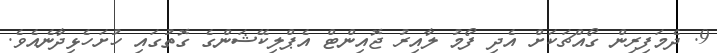
9. ދެމަފިރިން ގޯއްޗަކަށް އެދި ފޯމު ލާއިރު ޖޮއިންޓް އެޕްލިކޭޝަންގެ ގޮތުގައި ހުށަހެޅިދާނެއެވެ.